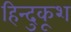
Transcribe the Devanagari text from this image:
हिन्दुकूश